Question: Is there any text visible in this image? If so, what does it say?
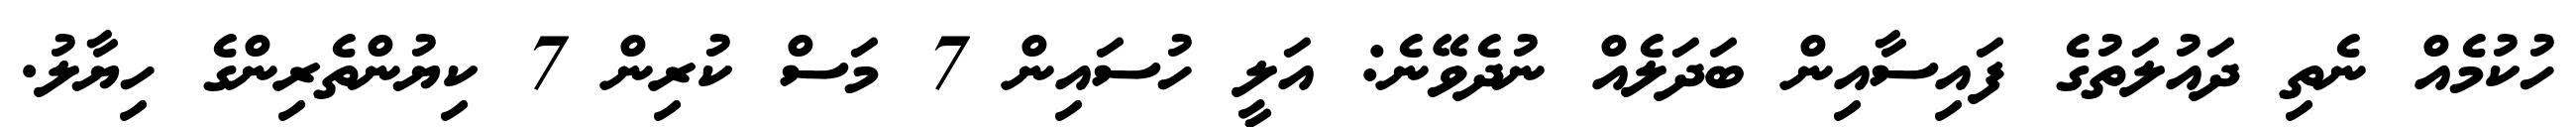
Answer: ހުކުމެއް ނެތި ދައުލަތުގެ ފައިސާއިން ބަދަލެއް ނުދެވޭނެ: އަލީ ހުސައިން 7 މަސް ކުރިން 7 ކިޔުންތެރިންގެ ހިޔާލު.